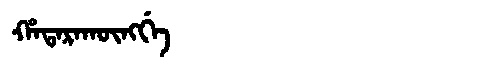
Manchu: ᡥᠠᡨᠠᡵᠠᡴᡡᠩᡤᡝ
Romanization: HATARAKŪNGGE